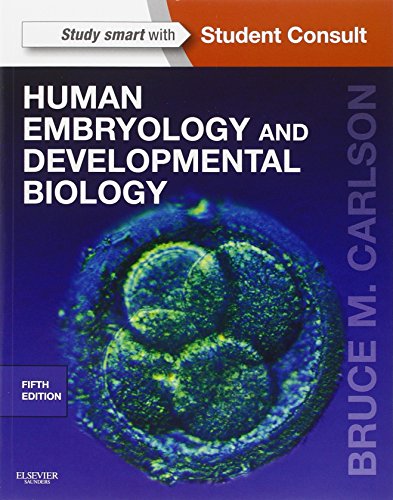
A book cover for Human Embryology and Developmental Biology: With STUDENT CONSULT Online Access, 5e; Bruce M. Carlson MD  PhD; Medical Books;